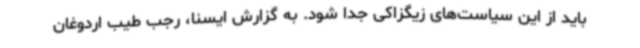
باید از این سیاست‌های زیگزاکی جدا شود. به گزارش ایسنا، رجب طیب اردوغان